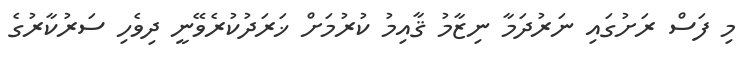
މި ފަސް ރަށުގައި ނަރުދަމާ ނިޒާމު ޤާއިމު ކުރުމަށް ޚަރަދުކުރެވޭނީ ދިވެހި ސަރުކާރުގެ